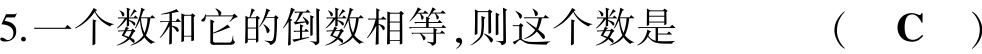
5.一个数和它的倒数相等,则这个数是  ( C )